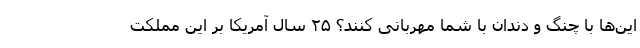
این‌ها با چنگ و دندان با شما مهربانی کنند؟ ۲۵ سال آمریکا بر این مملکت